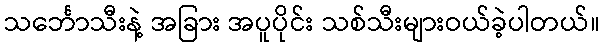
သင်္ဘောသီးနဲ့ အခြား အပူပိုင်း သစ်သီးများဝယ်ခဲ့ပါတယ်။